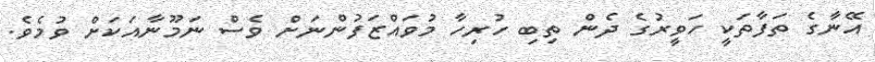
އޭނާގެ ތަފާތަކީ ހަވީރުގެ ދެން ތިބި ހުރިހާ މުވައްޒަފުންނަށް ވެސް ނަމޫނާއަކަށް ވުމެވެ.